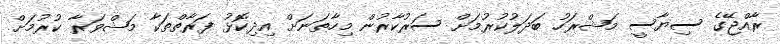
ރާއްޖޭގެ ސިޔާސީ މަޝްރަހު ބަދަލުކުރުމަށް ސަރުކާރުން މިހާތަނަށް އިދިކޮޅު ފަރާތްތަކާ މަޝްވަރާ ކުރުމަށް